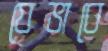
যেভাবে